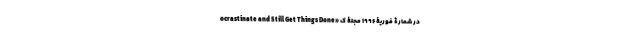
ocrastinate and Still Get Things Done» در شمارۀ فوریۀ ۱۹۹۶ مجلۀ ک